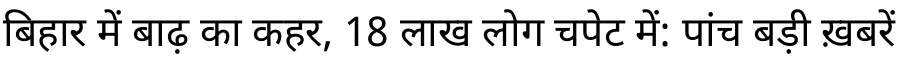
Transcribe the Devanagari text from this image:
बिहार में बाढ़ का कहर, 18 लाख लोग चपेट में: पांच बड़ी ख़बरें